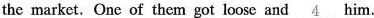
the market. One of them got loose and \underline{4} him.